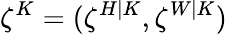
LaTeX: \zeta^{K}=(\zeta^{H|K},\zeta^{W|K})